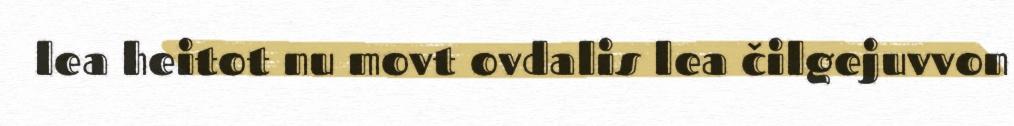
lea heitot nu movt ovdalis lea čilgejuvvon